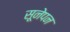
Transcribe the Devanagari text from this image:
सूनेपन